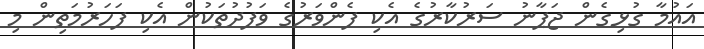
އައުމާ ގުޅިގެން ޖަޕާނު ސަރުކާރުގެ އެކި ފެންވަރުގެ ވަފުދުތަކުން އެކި ފަހަރުމަތިން މި